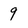
Character: 9